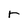
Character: r